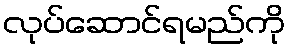
လုပ်ဆောင်ရမည်ကို